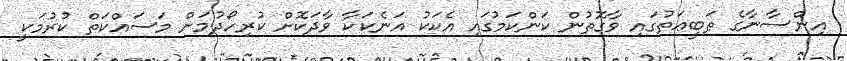
އިންސާނާގެ ޠަބީޢަތުގައި ވާގޮތުން ކަންކަމުގައި އެކަކު އަނެކަކާ ވާދަކޮށް ކުރިހޯދުމަށް މަސައްކަތް ކުރުމަކީ